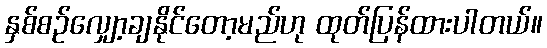
နှစ်စဉ်လျှော့ချနိုင်တော့မည်ဟု ထုတ်ပြန်ထားပါတယ်။